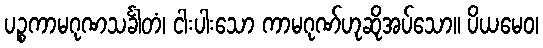
ပဉ္စကာမဂုဏသင်္ခါတံ၊ ငါးပါးသော ကာမဂုဏ်ဟုဆိုအပ်သော။ ပိယမေဝ၊